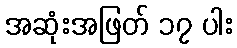
အဆုံးအဖြတ် ၁၇ ပါး